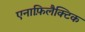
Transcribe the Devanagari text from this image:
एनाफ़िलैक्टिक